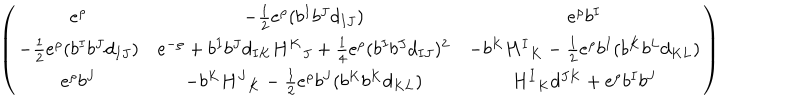
LaTeX: \left( \begin{array} { c c c } { { e ^ { \rho } } } & { { - { \frac { 1 } { 2 } } e ^ { \rho } ( b ^ { I } b ^ { J } d _ { I J } ) } } & { { e ^ { \rho } b ^ { I } } } \\ { { - { \frac { 1 } { 2 } } e ^ { \rho } ( b ^ { I } b ^ { J } d _ { I J } ) } } & { { e ^ { - \rho } + b ^ { I } b ^ { J } d _ { I K } { H ^ { K } } _ { J } + { \frac { 1 } { 4 } } e ^ { \rho } ( b ^ { I } b ^ { J } d _ { I J } ) ^ { 2 } } } & { { - b ^ { K } { H ^ { I } } _ { K } - { \frac { 1 } { 2 } } e ^ { \rho } b ^ { I } ( b ^ { K } b ^ { L } d _ { K L } ) } } \\ { { e ^ { \rho } b ^ { J } } } & { { - b ^ { K } { H ^ { J } } _ { K } - { \frac { 1 } { 2 } } e ^ { \rho } b ^ { J } ( b ^ { K } b ^ { K } d _ { K L } ) } } & { { { H ^ { I } } _ { K } d ^ { J K } + e ^ { \rho } b ^ { I } b ^ { J } } } \\ \end{array} \right)